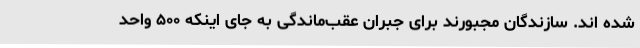
شده اند. سازندگان مجبورند برای جبران عقب‌ماندگی به جای اینکه ۵۰۰ واحد